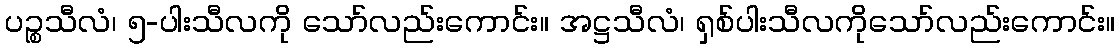
ပဉ္စသီလံ၊ ၅-ပါးသီလကို သော်လည်းကောင်း။ အဋ္ဌသီလံ၊ ရှစ်ပါးသီလကိုသော်လည်းကောင်း။